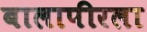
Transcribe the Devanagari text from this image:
बालापीरला